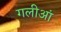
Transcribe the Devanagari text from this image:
गलीआं